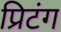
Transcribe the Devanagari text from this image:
प्रिटंग